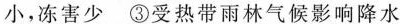
小，冻害少 ③受热带雨林气候影响降水